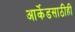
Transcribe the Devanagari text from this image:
आर्केडसाठीही